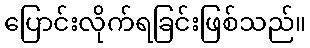
ပြောင်းလိုက်ရခြင်းဖြစ်သည်။